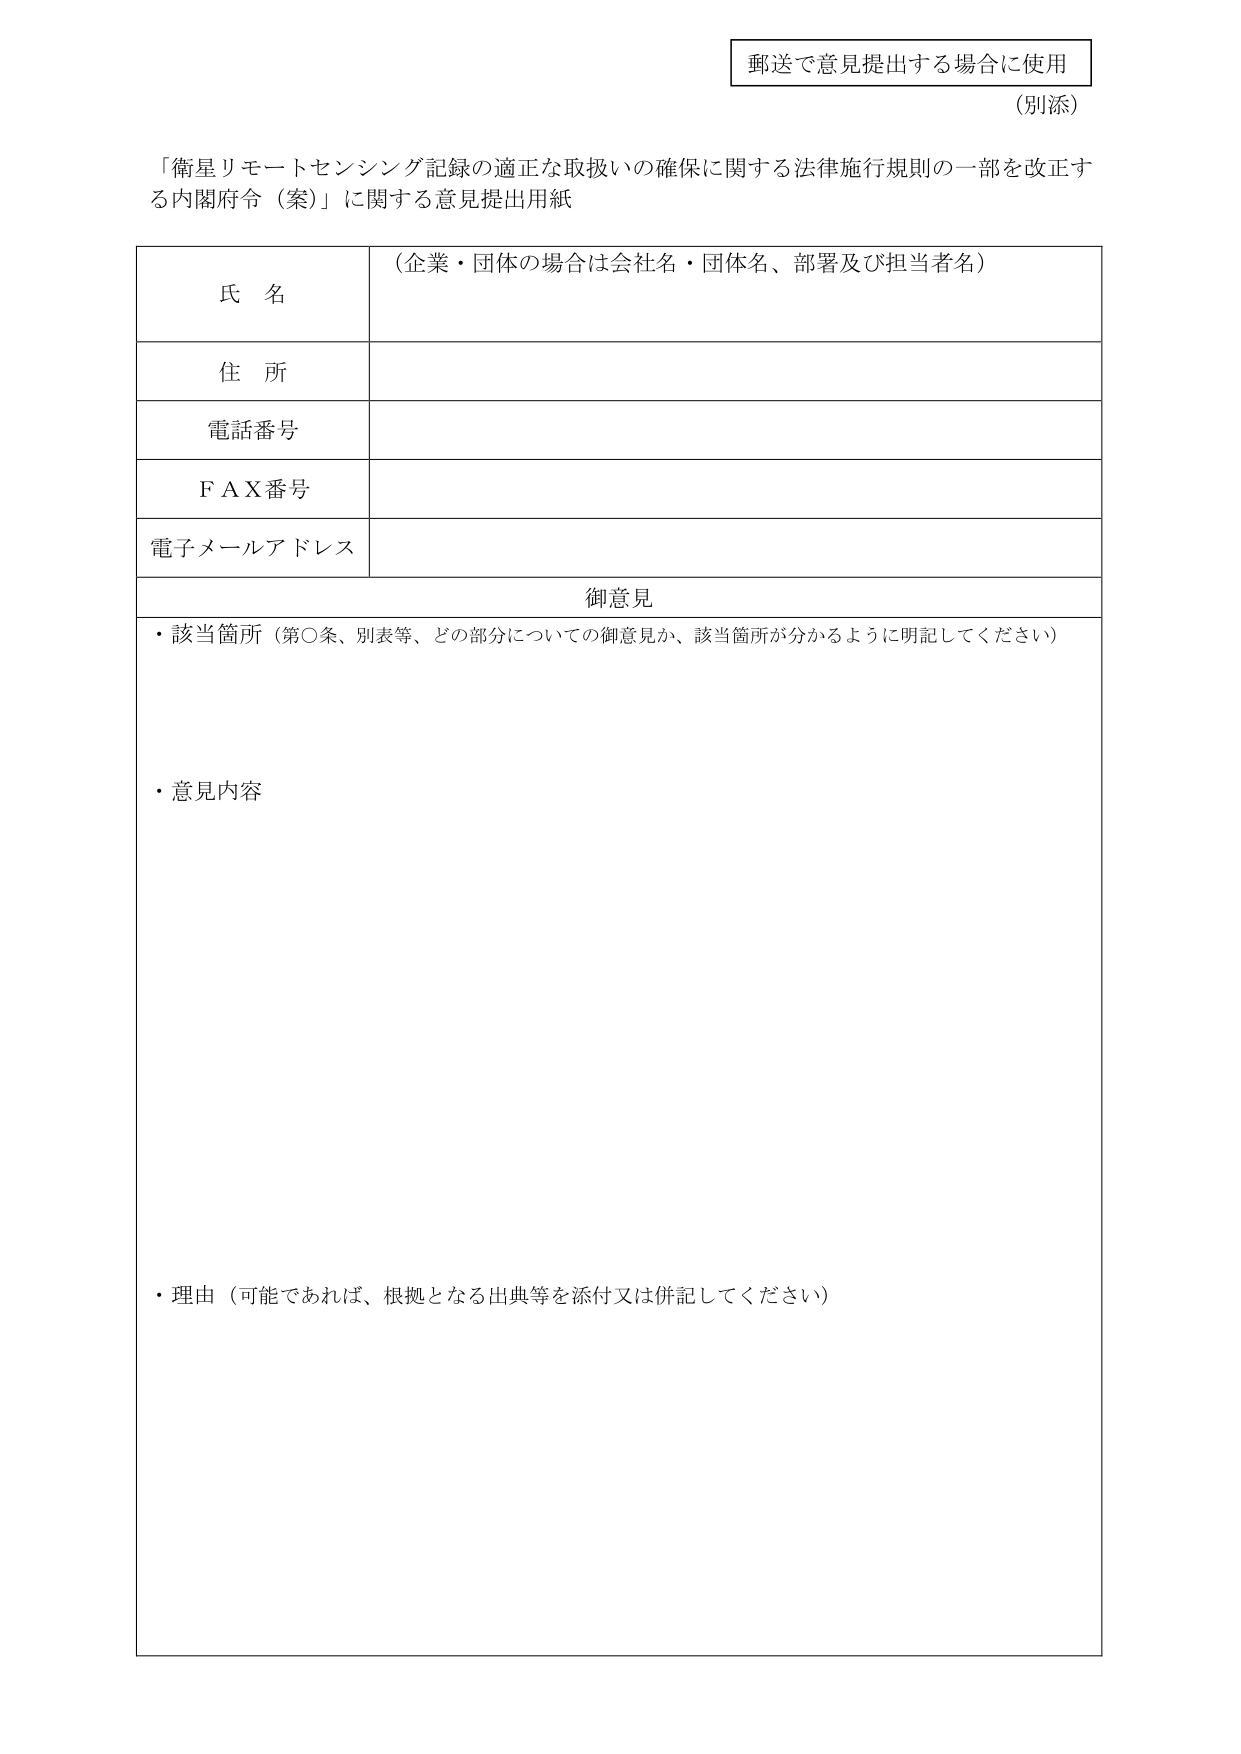
郵送で意見提出する場合に使用
（別添）

「衛星リモートセンシング記録の適正な取扱いの確保に関する法律施行規則の一部を改正する内閣府令（案）」に関する意見提出用紙

氏 名
（企業・団体の場合は会社名・団体名、部署及び担当者名）

住 所

電話番号

ＦＡＸ番号

電子メールアドレス

御意見
・該当箇所（第○条、別表等、どの部分についての御意見か、該当箇所が分かるように明記してください）

・意見内容

・理由（可能であれば、根拠となる出典等を添付又は併記してください）